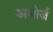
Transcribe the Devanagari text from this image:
अजोर्ज़